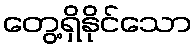
တွေ့ရှိနိုင်သော